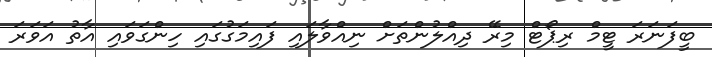
ބީފަނަރަ ޓީމް ރިޕޯޓް މިރޭ ދިއްލުންތަށް ނިއްވާލައި ފައިމަގުގައި ހިންގަވައި އާތު އަވަރަ